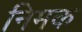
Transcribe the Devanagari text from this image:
निमक